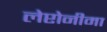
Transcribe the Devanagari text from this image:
लेप्टोनीमा